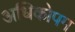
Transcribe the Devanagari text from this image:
अधिकोपम